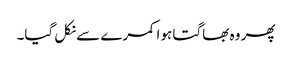
پھر وہ بھاگتا ہوا کمرے سے نکل گیا۔